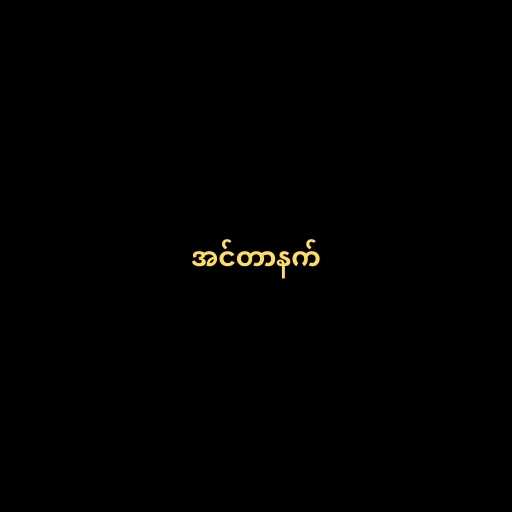
အင်တာနက်